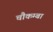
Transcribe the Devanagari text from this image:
चौकम्‍बा